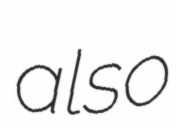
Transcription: also